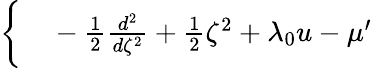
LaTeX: \begin{array}{rl}{\bigg\{ }&{{}-\frac{1}{2}\frac{d^{2}}{d\zeta^{2}}+\frac{1}{2}\zeta^{2}+\lambda_{0}u-\mu^{\prime}}\end{array}